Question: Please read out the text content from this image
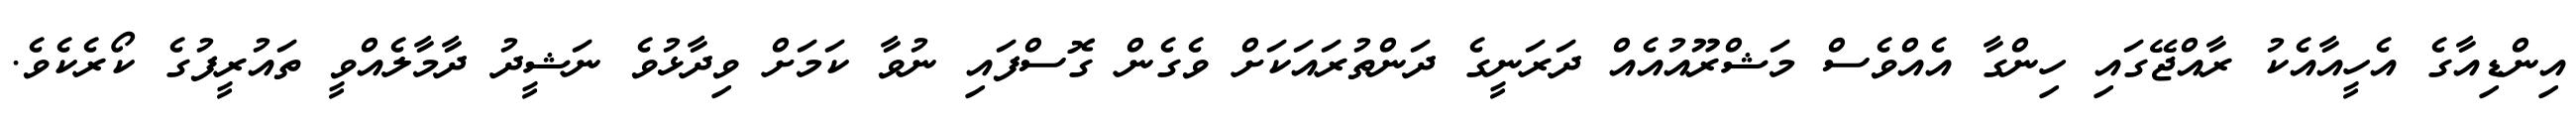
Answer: އިންޑިއާގެ އެހީއާއެކު ރާއްޖޭގައި ހިންގާ އެއްވެސް މަޝްރޫއުއެއް ދަރަނީގެ ދަންތުރައަކަށް ވެގެން ގޮސްފައި ނުވާ ކަމަށް ވިދާޅުވެ ނަޝީދު ދާމާލެއްވީ ތައުރީފުގެ ކޯރެކެވެ.